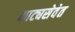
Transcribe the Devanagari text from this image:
नाट्यसेवेत